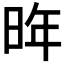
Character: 𪰟